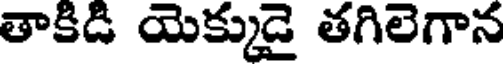
తాకిడి యెక్కుడై తగిలెగాన